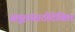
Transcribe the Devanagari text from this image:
समूहांसाठीदेखिल